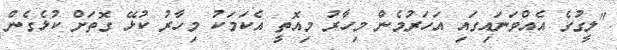
"ލީގުގެ އެއްވަނައިގައި އަހަރުމެން މިހާރު މިއޮތީ އެކަމަކު މިހާރު ކުޅޭ ގޮތަށް ކުޅެގެން